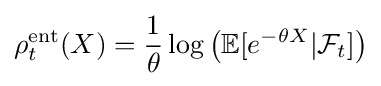
\rho _{t}^{\mathrm {ent} }(X)={\frac {1}{\theta }}\log \left(\mathbb {E} [e^{-\theta X}|{\mathcal {F}}_{t}]\right)